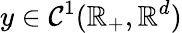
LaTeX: y\in\mathcal{C}^{1}(\mathbb{R}_{+},\mathbb{R}^{d})